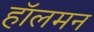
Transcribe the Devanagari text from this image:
हॉलमन